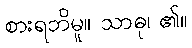
စားရဘိမူ။ သာဓု၊ ၏။